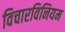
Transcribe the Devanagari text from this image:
विचारविनियम